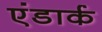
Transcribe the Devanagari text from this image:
एंडार्क